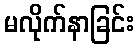
မလိုက်နာခြင်း